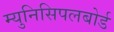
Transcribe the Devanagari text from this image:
म्युनिसिपलबोर्ड